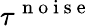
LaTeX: \tau^{\mathrm{~n~o~i~s~e~}}